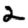
Digit: 2